Scottish Leaving Certificate Examination, 1956
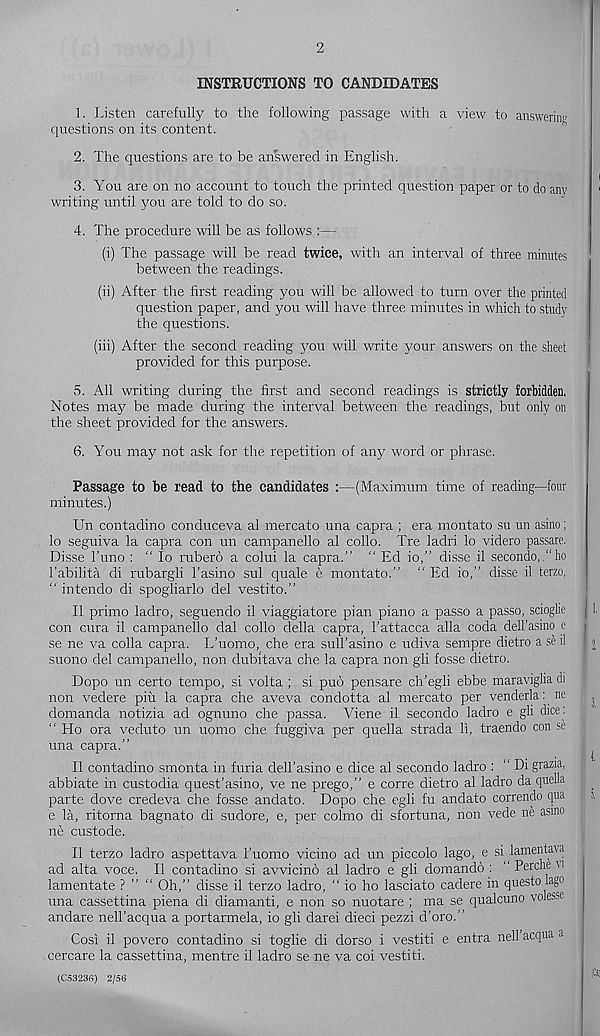
2
INSTRUCTIONS TO CANDIDATES
1. Listen carefully to the following passage with a view to answering
questions on its content.
2. The questions are to be answered in English.
3. You are on no account to touch the printed question paper or to do any
writing until you are told to do so.
4. The procedure will be as follows :—
(i) The passage will be read twice, with an interval of three minutes
between the readings.
(ii) After the first reading you will be allowed to turn over the printed
question paper, and you will have three minutes in which to study
the questions.
(iii) After the second reading you will write your answers on the sheet
provided for this purpose.
5. All writing during the first and second readings is strictly forbidden.
Notes may be made during the interval between the readings, but only on
the sheet provided for the answers.
6. You may not ask for the repetition of any word or phrase.
Passage to be read to the candidates :—(Maximum time of reading—four
minutes.)
Un contadino conduceva al mercato una capra ; era montato su un asino;
lo seguiva la capra con un campanello al collo. Tre ladri lo videro passare.
Disse 1’uno : “ lo ruberb a colui la capra.” “ Ed io,” disse il secondo, “ho
I’abilita di rubargli 1’asino sul quale e montato.” " Ed io,” disse il terzo,
“ intendo di spogliarlo del vestito.”
Il primo ladro, seguendo il viaggiatore plan piano a passo a passo, scioghe
con cura il campanello dal collo della capra, 1’attacca alia coda dell'asino e
se ne va colla capra. L’uomo, che era sull’asino e udiva sempre dietro a se il
suono del campanello, non dubitava che la capra non gli fosse dietro.
Dopo un certo tempo, si volta ; si pub pensare ch’egli ebbe maraviglia di
non vedere piii la capra che aveva condotta al mercato per venderla: ne
domanda notizia ad ognuno che passa. Viene il secondo ladro e gli dice :
“ Ho ora veduto un uomo che fuggiva per quella strada li, traendo con se
una capra.”
Il contadino smonta in furia dell'asino e dice al secondo ladro : “ Di grazia,
abbiate in custodia quest’asino, ve ne prego,” e corre dietro al ladro da quella
parte dove credeva che fosse andato. Dopo che egli fu andato correndo qua
e la, ritorna bagnato di sudore, e, per colmo di sfortuna, non vede ne asino
ne custode.
Il terzo ladro aspettava I’uomo vicino ad un piccolo lago, e si lamentava
ad alta voce. Il contadino si avvicinb al ladro e gli domandb : ‘ Perche u
lamentate ? ” “ Oh,” disse il terzo ladro, “ io ho lasciato caclere in questo lago
una cassettina piena di diamanti, e non so nuotare ; ma se qualcuno volesse
andare nell’acqua a portarmela, io gli darei dieci pezzi d’oro.”
Cosi il povero contadino si toglie di dorso i vestiti e entra nell acqua a
cercare la cassettina, mentre il ladro se ne va coi vestiti.
(C5323G) 2/56